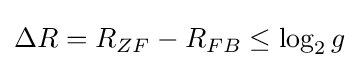
\Delta R=R_{ZF}-R_{FB}\leq \log _{2}g